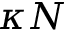
\kappa N